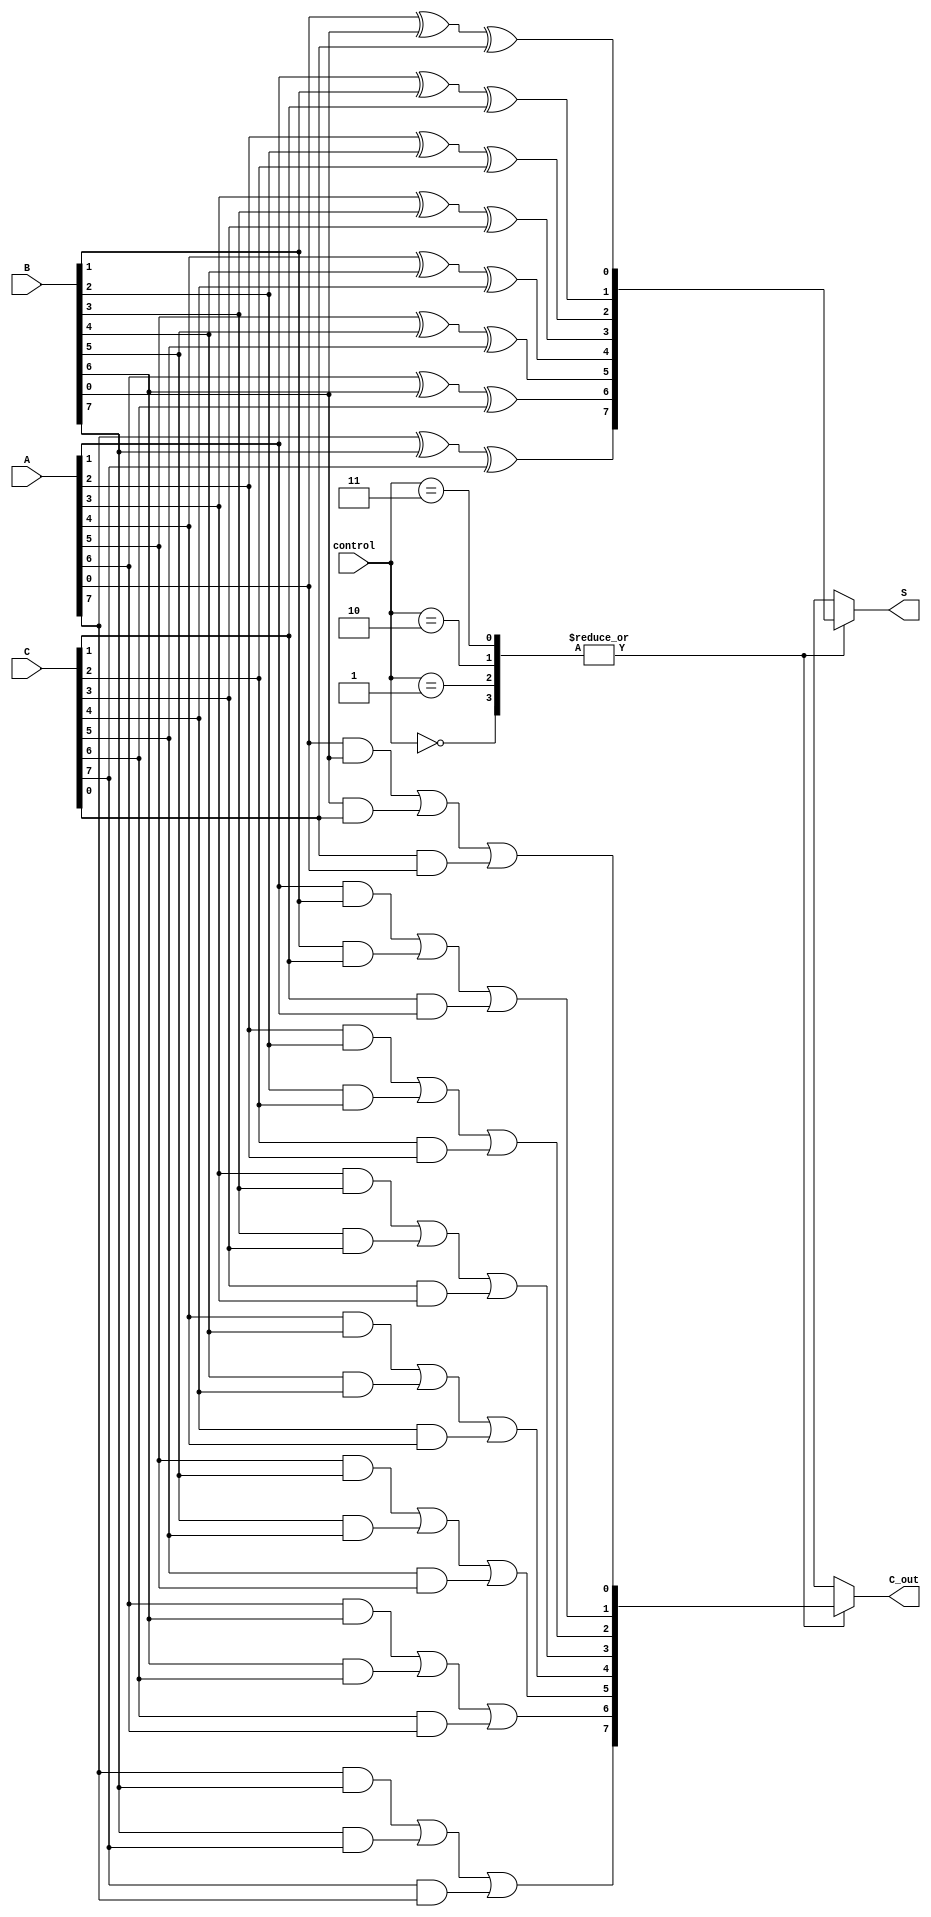
module CarrySaveAdder #(parameter N = 8) (
    input wire [N-1:0] A,        // First operand
    input wire [N-1:0] B,        // Second operand
    input wire [N-1:0] C,        // Third operand
    input wire [1:0] control,     // Control signal (00: add A+B, 01: add B+C, 10: add C+A, 11: add A+B+C)
    output reg [N-1:0] S,         // Intermediate sum output
    output reg [N-1:0] C_out       // Carry output
);

    reg [N-1:0] sum_temp;         // Temporary sum storage
    reg [N-1:0] carry_temp;       // Temporary carry storage
    
    // Carry Save Logic
    integer i;
    always @(*) begin
        sum_temp = 0;
        carry_temp = 0;
        
        // Calculate sum and carry for each bit
        for (i = 0; i < N; i = i + 1) begin
            // Calculate partial sum
            sum_temp[i] = A[i] ^ B[i] ^ C[i];
            // Calculate carry
            carry_temp[i] = (A[i] & B[i]) | (B[i] & C[i]) | (C[i] & A[i]);
        end
        
        // Select output based on control signal
        case (control)
            2'b00: begin
                S = sum_temp;           // A + B
                C_out = carry_temp;     // Carry from A + B
            end
            2'b01: begin
                S = sum_temp;           // B + C
                C_out = carry_temp;     // Carry from B + C
            end
            2'b10: begin
                S = sum_temp;           // C + A
                C_out = carry_temp;     // Carry from C + A
            end
            2'b11: begin
                S = sum_temp;           // A + B + C
                C_out = carry_temp;     // Carry from A + B + C
            end
            default: begin
                S = 0;                  // Default case - zero output
                C_out = 0;              // Default case - zero carry
            end
        endcase
    end

endmodule